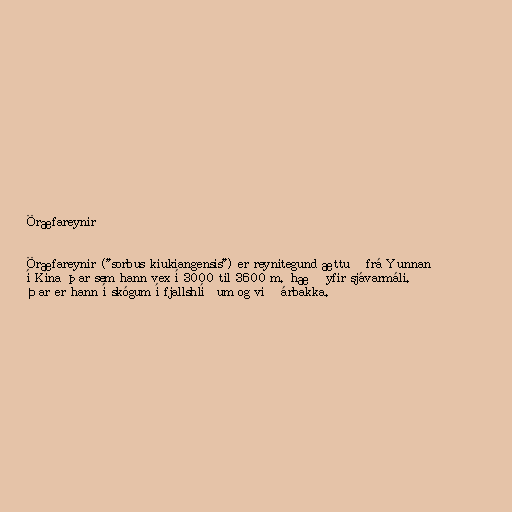
Öræfareynir

Öræfareynir ("sorbus kiukiangensis") er reynitegund ættuð frá Yunnan
í Kína þar sem hann vex í 3000 til 3600 m. hæð yfir sjávarmáli.
Þar er hann í skógum í fjallshlíðum og við árbakka.